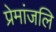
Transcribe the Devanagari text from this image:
प्रेमांजलि